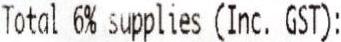
TOTAL 6% SUPPLIES (INC. GST):